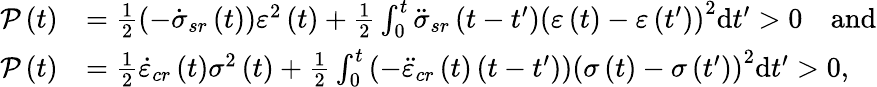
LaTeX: \begin{array}{rl}{\mathcal{P}\left(t\right)}&{=\frac{1}{2}\left(-\dot{\sigma}_{sr}\left(t\right)\right)\varepsilon^{2}\left(t\right)+\frac{1}{2}\int_{0}^{t}\ddot{\sigma}_{sr}\left(t-t^{\prime}\right)\left(\varepsilon\left(t\right)-\varepsilon\left(t^{\prime}\right)\right)^{2}\mathrm{d}t^{\prime}>0\quad\mathrm{and}}\\ {\mathcal{P}\left(t\right)}&{=\frac{1}{2}\dot{\varepsilon}_{cr}\left(t\right)\sigma^{2}\left(t\right)+\frac{1}{2}\int_{0}^{t}\left(-\ddot{\varepsilon}_{cr}\left(t\right)\left(t-t^{\prime}\right)\right)\left(\sigma\left(t\right)-\sigma\left(t^{\prime}\right)\right)^{2}\mathrm{d}t^{\prime}>0,}\end{array}